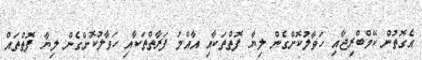
އެގޮތުން ކޭމްބްރިޖާއި ހަވާލުކޮށްގެން ލިޔާ ފޮތްތަކާއި އާއްމު ފަރާތްތަކާއި ހަވާލުކޮށްގެން ލިޔާ ފޮތްތައް